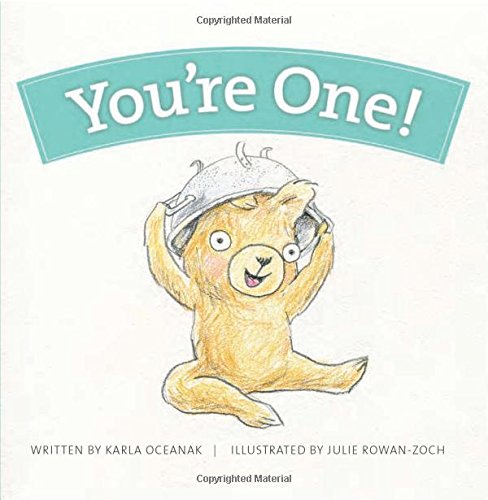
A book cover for You're One! (Year-by-Year Books); Karla Oceanak; Children's Books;